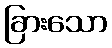
ခြားသော